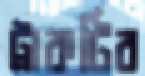
ট্রাকটির